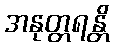
အနုတ္တရန္တိ